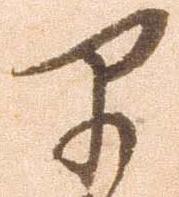
早